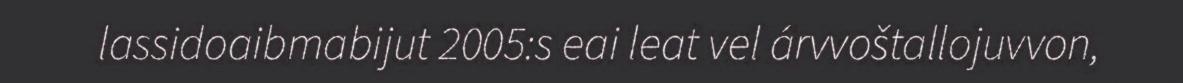
lassidoaibmabijut 2005:s eai leat vel árvvoštallojuvvon,